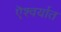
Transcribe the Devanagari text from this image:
ऎश्वर्यात